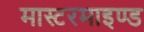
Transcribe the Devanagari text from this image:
मास्टरमाइण्ड